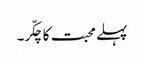
پہلے محبت کا چکّر۔